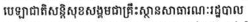
បេឡាជាតិសន្តិសុខសង្គមជាគ្រឹះស្ថានសាធារណៈរដ្ឋបាល